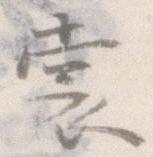
裳